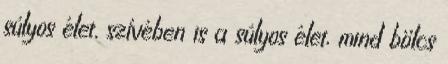
súlyos élet, szívében is a súlyos élet, mind bölcs